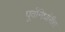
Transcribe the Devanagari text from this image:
पूर्वनिर्धारीत